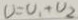
U = U _ { 1 } + U _ { 2 }